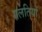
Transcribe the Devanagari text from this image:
गलतियों